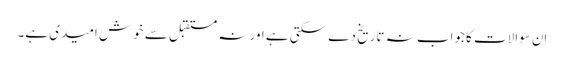
اِن سوالات کا جواب نہ تاریخ دے سکتی ہے اور نہ مستقبل سے خوش امیدی ہے۔